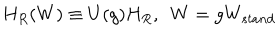
LaTeX: H _ { R } ( W ) \equiv U ( g ) H _ { R } , \, \, \, W = g W _ { s t a n d }